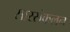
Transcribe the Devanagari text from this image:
सारसंकलन